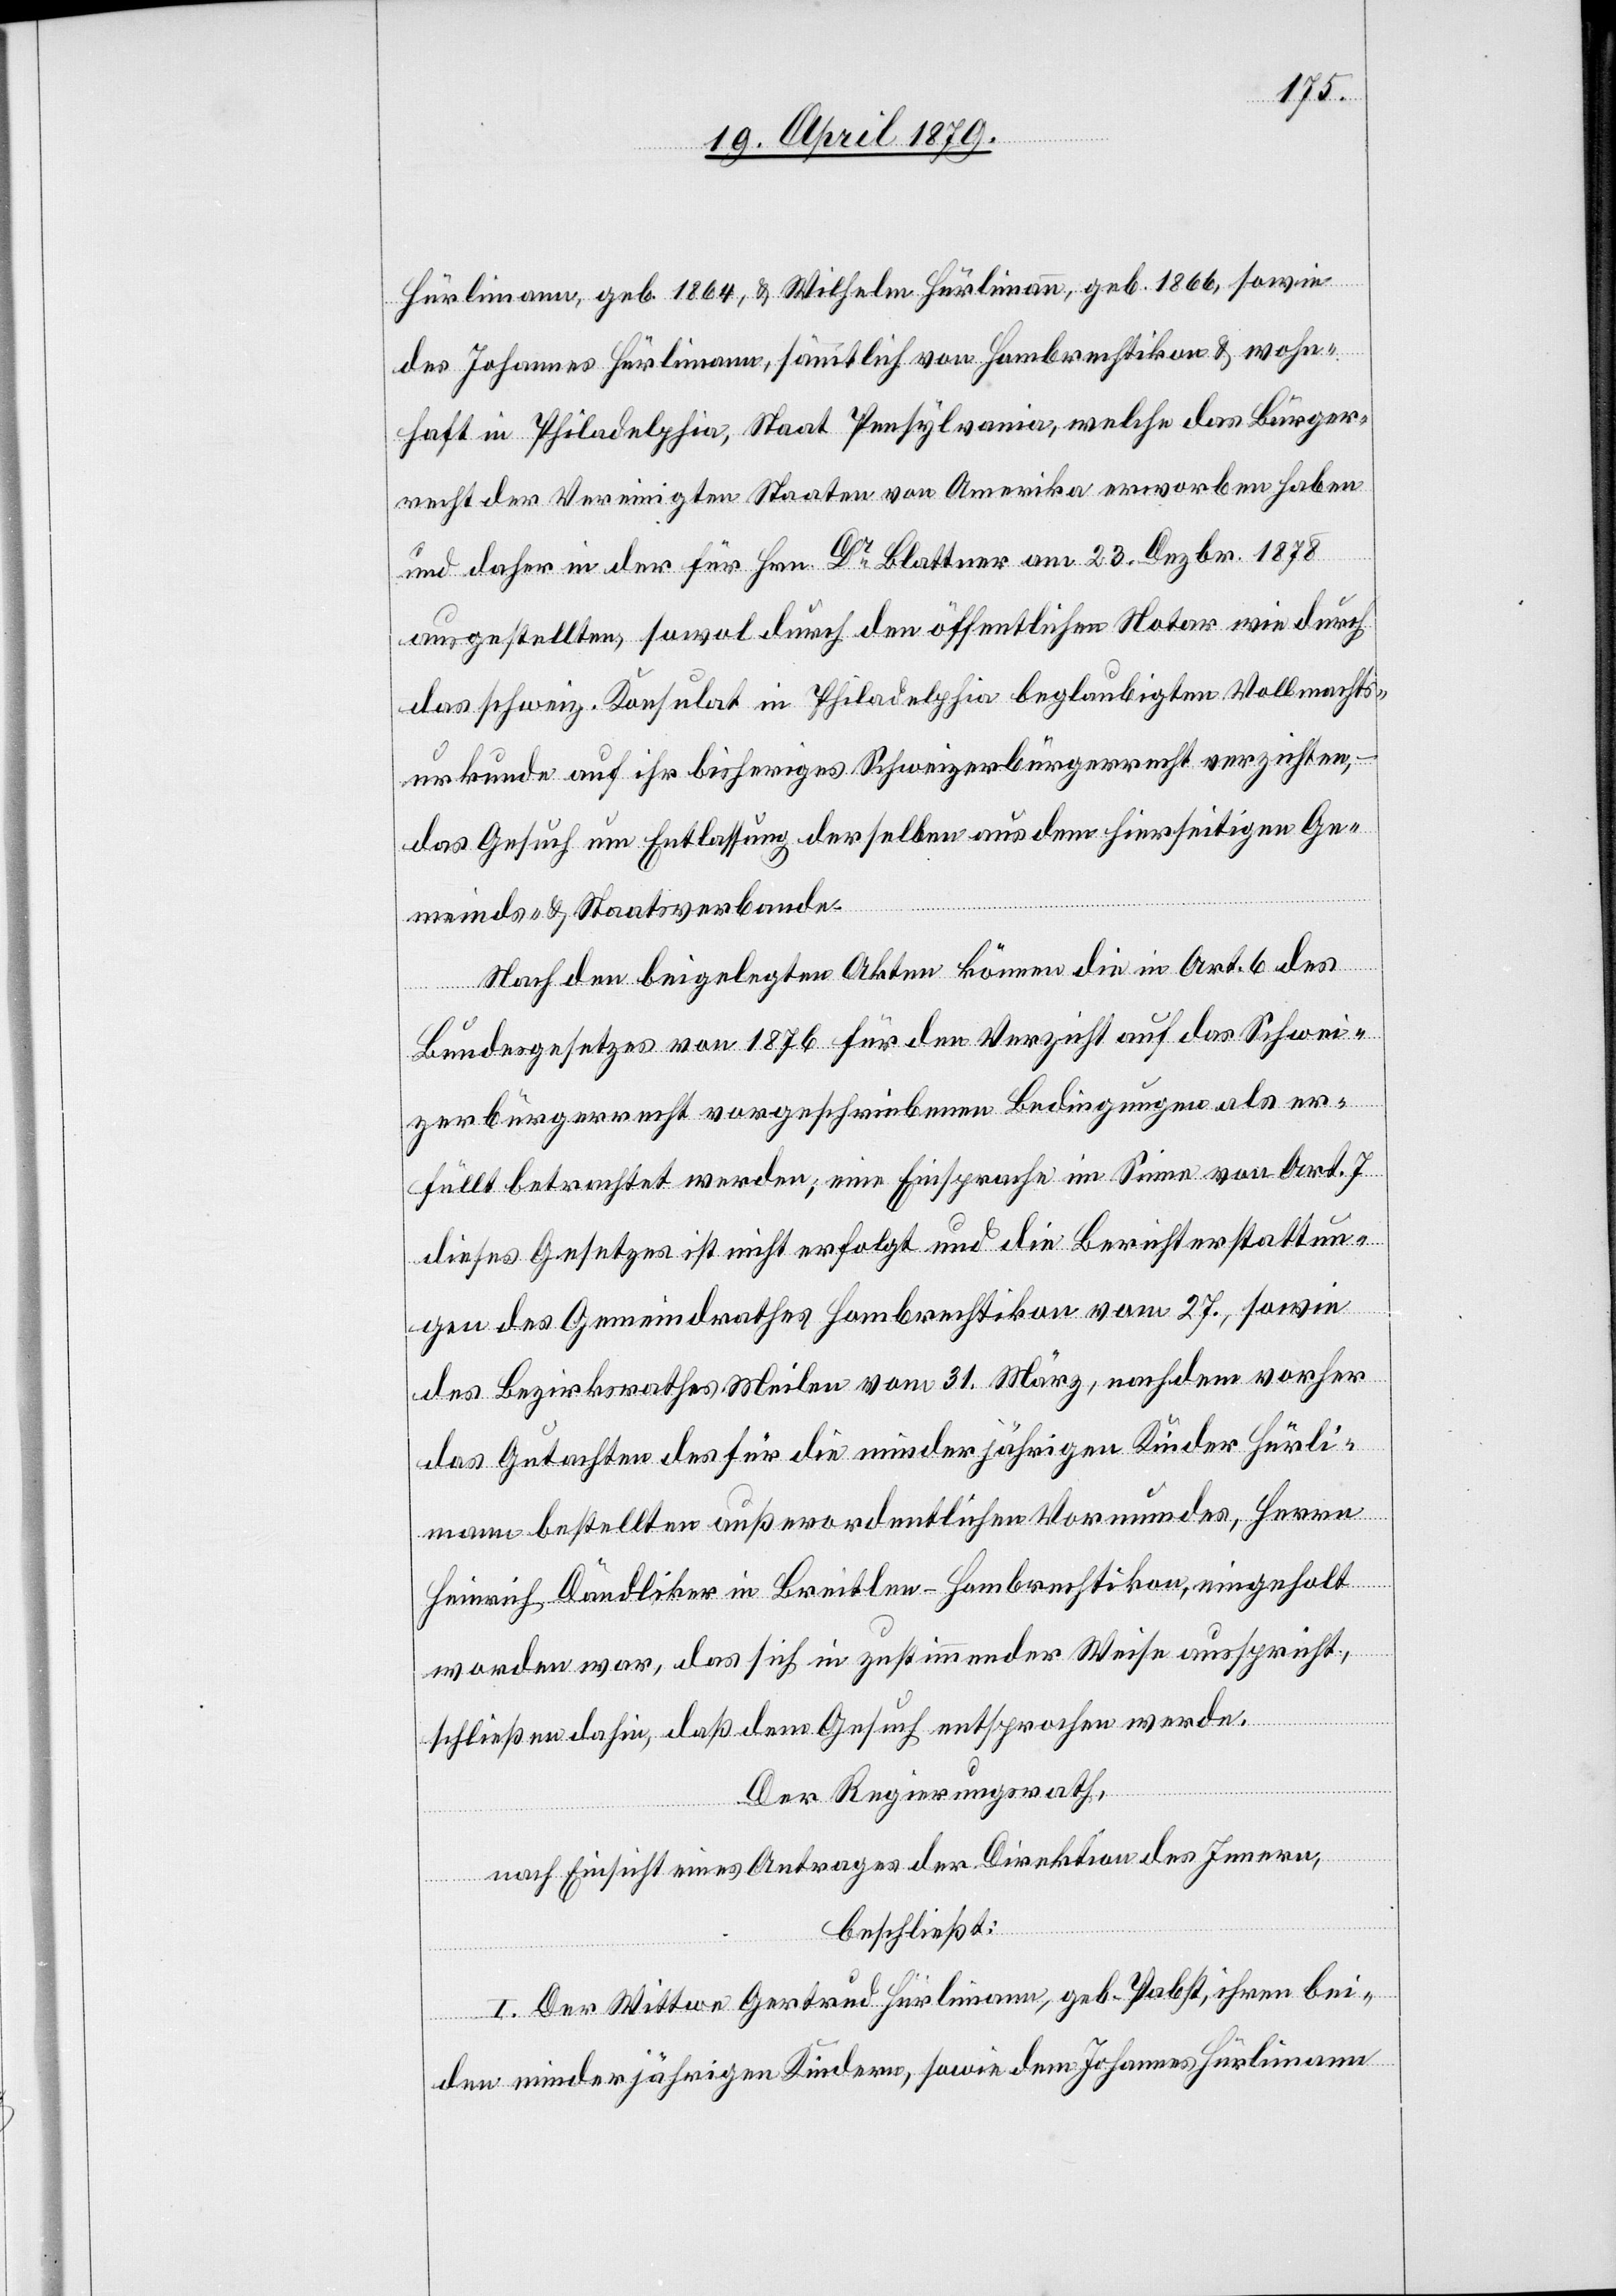
Hürlimann, geb. 1864, & Wilhelm Hürlimann, geb. 1866, sowie
des Johannes Hürlimann, sämmtlich von Hombrechtikon & wohn¬
haft in Philadelphia, Staat Pensylvania, welche das Bürger¬
recht der Vereinigten Staaten von Amerika erworben haben
und daher in der für Hrn. Dr Blattner am 23. Dezbr. 1878
ausgestellten, sowol durch den öffentlichen Notar wie durch
das schweiz. Konsulat in Philadelphia beglaubigten Vollmachts¬
urkunde auf ihr bisheriges Schweizerbürgerrecht verzichten,
das Gesuch um Entlassung derselben aus dem hierseitigen Ge¬
meinds- & Staatsverbande.
Nach den beigelegten Akten können die in Art. 6 des
Bundesgesetzes von 1876 für den Verzicht auf das Schwei¬
zerbürgerrecht vorgeschriebenen Bedingungen als er¬
füllt betrachtet werden; eine Einsprache im Sinne von Art. 7
dieses Gesetzes ist nicht erfolgt und die Berichterstattun¬
gen des Gemeindrathes Hombrechtikon vom 27., sowie
des Bezirksrathes Meilen vom 31. März, nachdem vorher
das Gutachten des für die minderjährigen Kinder Hürli¬
mann bestellten außerordentlichen Vormundes, Herrn
Heinrich Dändliker in Breitlen - Hombrechtikon, eingeholt
worden war, das sich in zustimmender Weise ausspricht,
schließen dahin, daß dem Gesuch entsprochen werde.
Der Regierungsrath,
nach Einsicht eines Antrages der Direktion des Innern,
beschließt:
I. Der Wittwe Gertrud Hürlimann, geb. Pabst, ihren bei¬
den minderjährigen Kindern, sowie dem Johannes Hürlimann